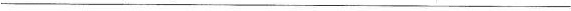
___